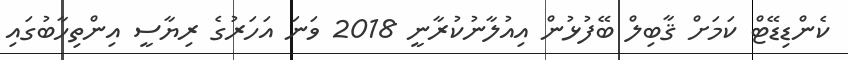
ކެންޑިޑޭޓް ކަމަށް ޤާބިލް ބޭފުޅުން އިއުލާނުކުރާނީ 2018 ވަނަ އަހަރުގެ ރިޔާސީ އިންތިހާބުގައި